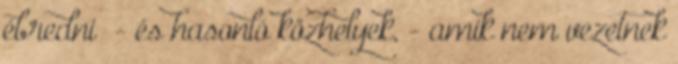
ébredni” - és hasonló közhelyek, - amik nem vezetnek